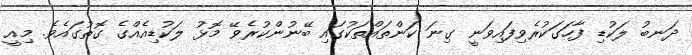
ދަނބު ލަކުޑި ފާހަގަކުރެވިފައިވަނީ ގިނަ ކަންތައްތަކުގައި ބޭނުންކުރެވޭ މޮޅު ލަކުޑިއެއްގެ ގޮތުގައެވެ. މިއީ